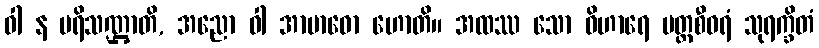
ဝါ န ပရိသဏ္ဌာတိ, အညော ဝါ အာဗာဓော ဟောတိ။ အထဿ သော ဝိဟာရေ ပတ္တစီဝရံ သုရက္ခိတံ